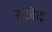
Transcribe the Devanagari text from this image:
राजेद्र